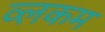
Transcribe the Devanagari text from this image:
व्लकम